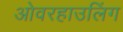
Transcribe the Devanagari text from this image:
ओवरहाउलिंग